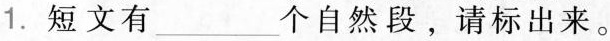
1. 短文有___个自然段，请标出来。